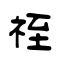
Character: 祬